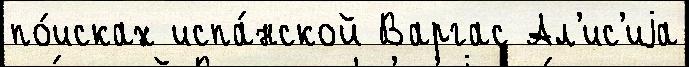
по́исках испа́нской Варгас Ал'ис'иjа